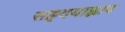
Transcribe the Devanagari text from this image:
सहृदयाह्लाद